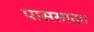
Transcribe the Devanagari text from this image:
पाससाद।।